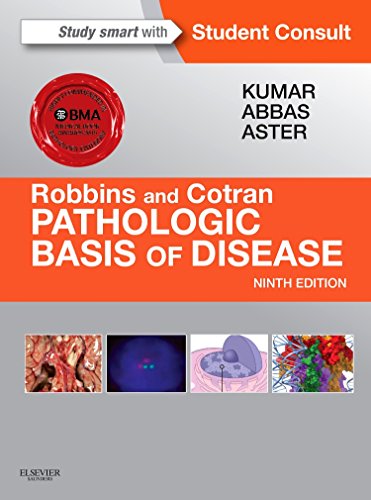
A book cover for Robbins & Cotran Pathologic Basis of Disease, 9e (Robbins Pathology); Vinay Kumar MBBS  MD  FRCPath; Medical Books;